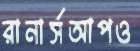
রানার্সআপও